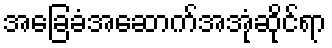
အခြေခံအဆောက်အအုံဆိုင်ရာ